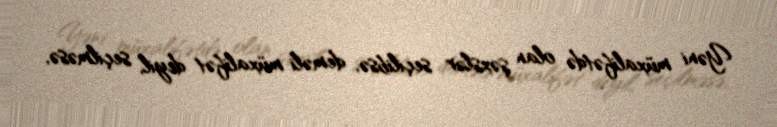
Yəni müxalifətdə olan şəxslər seçilibsə, deməli müxalifət deyil, seçilməsə,